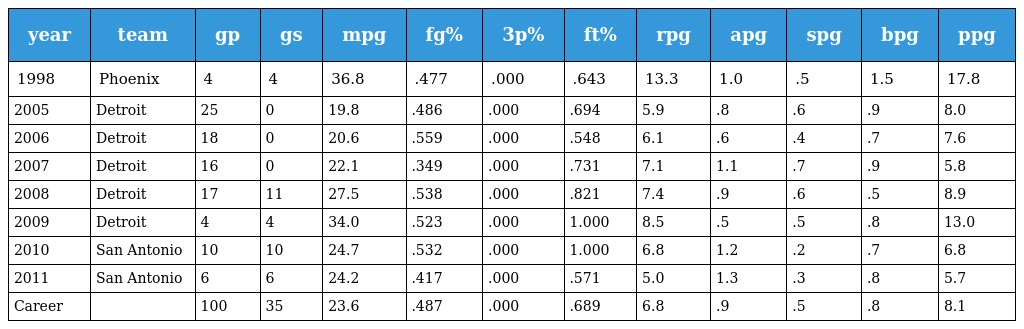
| year | team | gp | gs | mpg | fg% | 3p% | ft% | rpg | apg | spg | bpg | ppg |
 | --- | --- | --- | --- | --- | --- | --- | --- | --- | --- | --- | --- | --- |
 | 1998 | Phoenix | 4 | 4 | 36.8 | .477 | .000 | .643 | 13.3 | 1.0 | .5 | 1.5 | 17.8 |
 | 2005 | Detroit | 25 | 0 | 19.8 | .486 | .000 | .694 | 5.9 | .8 | .6 | .9 | 8.0 |
 | 2006 | Detroit | 18 | 0 | 20.6 | .559 | .000 | .548 | 6.1 | .6 | .4 | .7 | 7.6 |
 | 2007 | Detroit | 16 | 0 | 22.1 | .349 | .000 | .731 | 7.1 | 1.1 | .7 | .9 | 5.8 |
 | 2008 | Detroit | 17 | 11 | 27.5 | .538 | .000 | .821 | 7.4 | .9 | .6 | .5 | 8.9 |
 | 2009 | Detroit | 4 | 4 | 34.0 | .523 | .000 | 1.000 | 8.5 | .5 | .5 | .8 | 13.0 |
 | 2010 | San Antonio | 10 | 10 | 24.7 | .532 | .000 | 1.000 | 6.8 | 1.2 | .2 | .7 | 6.8 |
 | 2011 | San Antonio | 6 | 6 | 24.2 | .417 | .000 | .571 | 5.0 | 1.3 | .3 | .8 | 5.7 |
 | Career |  | 100 | 35 | 23.6 | .487 | .000 | .689 | 6.8 | .9 | .5 | .8 | 8.1 |